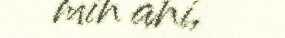
min ani,